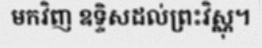
មកវិញ ឧទ្ទិសដល់ព្រះវិស្ណុ។